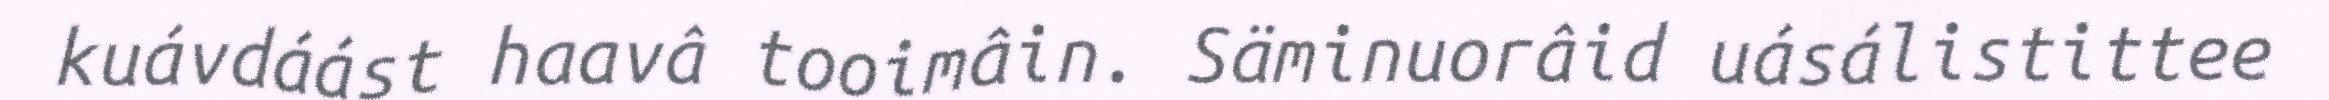
kuávdáást haavâ tooimâin. Säminuorâid uásálistittee